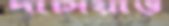
দাসিয়াও